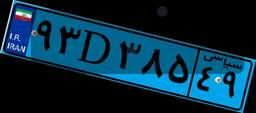
۸۹D۱۹۵۲۴